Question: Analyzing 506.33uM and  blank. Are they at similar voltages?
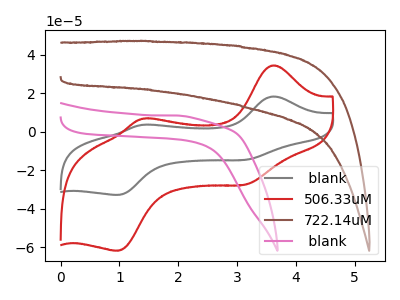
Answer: <think>The gray curve " blank" has anodic peaks at (3.60V, 18.30uA) (1.40V, 3.55uA) and cathodic peaks at (3.15V, -14.55uA) (0.95V, -32.85uA). The red curve "506.33uM" has anodic peaks at (3.60V, 34.50uA) (1.40V, 6.70uA) and cathodic peaks at (3.15V, -27.40uA) (0.95V, -61.85uA). The brown curve "722.14uM" has no peaks. The pink curve " blank" has no peaks.
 All the peaks in "506.33uM" have a peak in " blank" at the same potential. Every peak in "506.33uM" is higher than every peak in " blank".</think>
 <answer>"506.33uM" and " blank" are similar in shape.</answer>
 <eval>same_shape</eval>